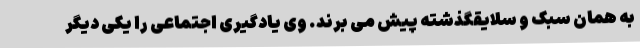
به همان سبک و سلایقگذشته پیش می برند. وی یادگیری اجتماعی را یکی دیگر